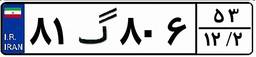
۸۱گ۸۰۶۵۳